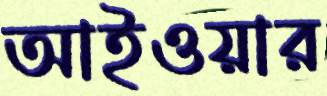
আইওয়ার